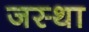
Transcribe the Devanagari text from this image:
जस्था